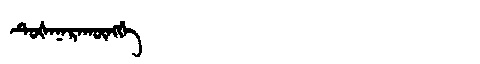
Manchu: ᡨᡠᡧᠠᠨᠠᡵᠠᡴᡡᠩᡤᡝ
Romanization: TUŠANARAKŪNGGE